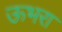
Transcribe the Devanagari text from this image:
ऊभरा